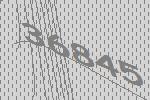
36845